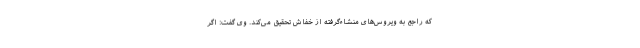
که راجع به ویروس‌های منشاء‌گرفته از خفاش تحقیق می‌کند. وی گفت: اگر